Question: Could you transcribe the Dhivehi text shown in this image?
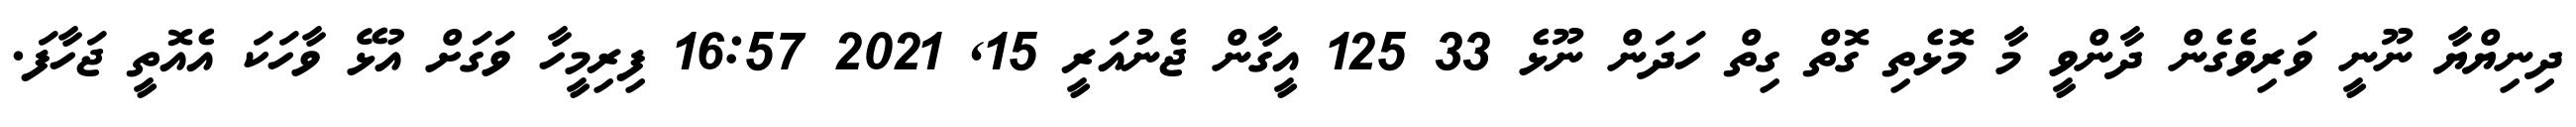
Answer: ދިނިޔްޔާ ނޫނީ ވަރިވެގެން ދާންވީ މާ މޮޅެތި ގޮތް ގިތް ހަދަން ނޫޅެ 33 125 އީގާން ޖެނުއަރީ 15, 2021 16:57 ފިރިމީހާ ވަގަށް އުޅޭ ވާހަކަ އެއޮތީ ޖަހާފަ.